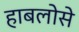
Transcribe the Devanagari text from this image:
हाबलोसे